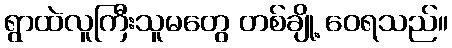
ရွာထဲလူကြီးသူမတွေ တစ်ချို့ ဝေရသည်။